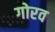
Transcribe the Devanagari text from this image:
गोरव